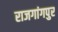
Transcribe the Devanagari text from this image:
राजगांगपुर